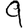
Digit: 9